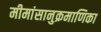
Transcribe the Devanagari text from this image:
मीमांसानुक्रमाणिका